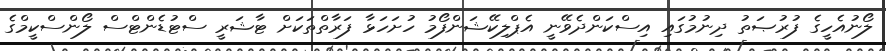
ލޯނުއެހީގެ ފުރުޞަތު ދިނުމުގައި އިސްކަންދެވޭނީ އެޕްލިކޭޝަންފޯމު ހުށަހަޅާ ފަރާތްތަކަށް ޓާޝަރީ ސްޓުޑެންޓްސް ލޯންސްކީމްގެ